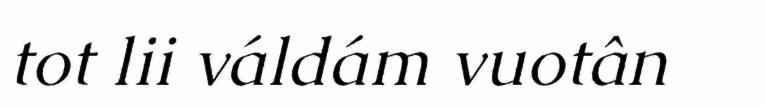
tot lii váldám vuotân